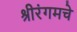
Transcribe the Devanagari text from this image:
श्रीरंगमचे